Vital statistics of India. Vol. VI, European troops 1870-79
Year: 1870
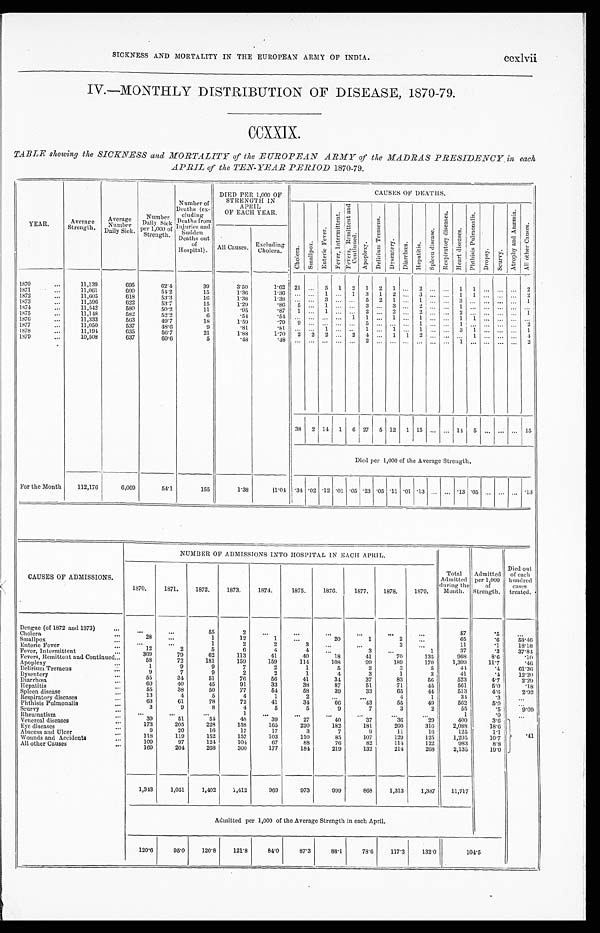
ccxlvii
SICKNESS AND MORTALITY IN THE EUROPEAN ARMY OF INDIA.
IV.—MONTHLY DISTRIBUTION OF DISEASE, 1870-79.
CCXXIX.
TABLE showing the SICKNESS and MORTALITY of the EUROPEAN ARMY of the MADRAS PRESIDENCY in each
APRIL of the TEN-YEAR PERIOD 1870-79.
Y E A R . Average
Strength.
Average N u m b e r
Daily Sick.
Number
Daily S i c k
per 1,000 of
S t r e n g t h .
Numb er of D e a t h s
( e x -
cluding
Deaths from
Injures and
Sudden
Deaths out
of
Hospital).
DIED PER 1,000 OF
STRENGTH IN
A P R I L
OF EACH YEAR.
CAUSES OF DEATHS.
C h o l e r a . S ma l l p o x
E n t e r i c F e v e r .
F e v e r I n t e r m i t t e n t .
F e v e r s , R e m i t t e n t a n d C o n t i n u e d .
A p o p l e x y .
D e l i r i u m T r e m e n s .
D y s e n t e r y . Di a r r h œa . H e p a t i t i s .
S p l e e n d i s e a s e .
R e s p i r a t o r y d i s e a s e s .
H e a r t d i s e a s e s .
P h t h i s i s P u l m o n a l i s .
D r o p s y .
S c u r v y .
A t r o p h y a n d A n æ m i a .
A l l o t h e r C a u s e s .
All Causes. Excluding
Cholera.
1870
. .
1 1 , 1 3 9
695
62.4
39
3.50
1 . 6 2 21 ... 5 1 2 1 2 1 ... 2 ... ... 1 1 ...
. . .
...
2
1 8 7 1
...
11,061
600
54.2
15
1 . 3 6
1.36
. . . . . . ... 1 ... 1 3 1 2 ... 3 ... ... 1 1 ...
. . .
...
2
1872
...
1 1 , 6 0 5
618
53.3
16
1.38
1 . 3 8
. . . . . . ... 3 ... ... 5 2 1 ... 1 ... . . . 3
. . . . . . . . .
... 1
1873
. . . .
11,596
622
53.7
15
1.29
. 8 6
5 . .
... 1 ... ... 3 . . . 3 ... 2 ...
. . . 1
. . . . . . . . .
...
. . .
1874
...
11,542
580
50.2
11
.95
.87
1 ... 1 ... ... 2 . . . . . . 2 ... 2 ...
. . . 2
. . . . . . . . .
...
1
1875
. . .
11,148
582
5 2 . 2
6
. 5 4
. 5 4
. . .
... ... ... 1 1 . . . 1 ... 1 ... ...
. 1 . . . . ... ...
. . .
1876
. . .
11,333
563
49.7
18
1.59
. 7 9
9 ... ... ... ... 5 . . . ... ... 1 ...
. . . 1
. . . . . . . . .
...
2
1877
...
11,050
537
4 8 . 6
9
. 8 1
. 8 1
. . .
... 1 ... ... 1 . . . 1 ... 1 ...
. . . 3
1 . . . . . .
...
1
1878
...
11,194
635
5 6 . 7
21
1.88
1 . 7 0
2 2 2 ...
2 4 . . . 1 1 2 ... ... ...
1 . . . . . .
...
4
1 8 7 9
. . .
10,508
637
60.6
5
. 4 8
. 4 8
. . .
... ... ... ... 2 . . . ... ... ... ... . . .
1
. . . . . . . . .
..
2
38 2 14 1 6 27 5 12 1 15 ... . . . 14 5 ... ... ... 15
Died per 1,000 of the Average Strength.
For the Month
112,176
6,069
54.1
155
1. 38
11.04
. 3 4 .02 .12 .01 .05 .23 .05 .11 .01 .13 ... ... .13 .05 . . . ... ... .13
CAUSES OF ADMISSIONS.
NUMBER OF ADMISSIONS INTO HOSPITAL IN EACH APRIL.
Total
Admitted
during the
Month.
Admitted
per 1,000
o f S t r e n g t h .
Died out
of each
hundred
cases
treated.
1870.
1871.
1872.
1873.
1874.
1875.
1876.
1877.
1878.
1879.
Dengue (of 1872 and 1873)
. . .
. . .
. . .
55
2
...
. . .
. . .
. . .
. . .
. . .
57
.5
. . .
Cholera
. . .
2 8
...
1
12
... 1
. . .
2 0
1
2
...
65
. 6
5 8 . 4 6
Smallpox
. . .
. . .
...
1
2
4
3
. . .
. . .
3
. . .
11
. 1
18.18
Enteric Fever
. . .
1 2
2
5
6
2
4
. . . .
3
. . .
1
37
.3
37.84
Fever, Intermittent
...
369
79
62
113
41
4 0
1 8
41
70
135
968
8.6
.10
Fevers, Remittent and Continued... . . .
58
72
181
159
159
114
1 0 8
99
189
170
1,309
11.7.
.46
Apoplexy
...
1
9
9
7
2
1
5
2
3
5 4 4
.4
61,36
Delirium Tremens
...
9
7
9
2
2
1
4
3
1
3
41
.4
12.20
Dysentery
. . .
55
34
51
76
56
41
34
37
83
56
523
4.7
2.29
Diarrhœa
. . .
60
40
45
91
33
38
87
51
71
45
561
5.0
.18
Hepatitis
. . .
55
38
50
77
54
58
39
2 3
65
44
513
4.6
2.92
Spleen disease
. . .
13
4
5
4
1
2
. . .
. . .
4
1
3 4
. 3 ...
Respiratory diseases
. . .
6 3
6 1
7 8
72
41
34
6 6
4 3
55
49
562
5.0
. . .
Phthisis Pulmonalis
. . .
3
9
8
4
5
5
9
7
3
2
55
.5
. 9 . 0 9
Scurvy
. . .
. . .
. . .
. . .
1 ...
. . .
. . .
. . .
. . .
. . .
1
.0
...
R heumatism
3 9
51
5 4
48
... 39
27
4 0 .
37
3 6
2 9
400
3 . 6
Venereal diseases
...
1 7 3
205
228
158
165
220
182
181
260
316
2,088
1 8 . 6
Eye diseases
. . .
9
2 0
16
1 7
17
3
7
9
11
16
12 5
1.1
Abscess and Ulcer
1 1 8
1 1 9
152
157
103
110
85
107
129
125
1,205
1 0 . 7
.41
Wounds and Accidents
..
1 0 9
97
124
104
67
88
76
82
114
122
983
8:8
All other Causes
. . .
169
204
268
300
177
184
219
132
214
268
2.135
19.0
1,343
1,051
1,402
1,412
969
973
999
868
1,313
1,387
11,717
Admitted per 1,000 of the Average Strength in each April.
120.6
95.0
120.8
121.8
84.0
87.3
88.1
78.6
117.3
132.0
104.5